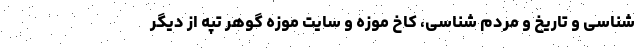
شناسی و تاریخ و مردم شناسی، کاخ موزه و سایت موزه گوهر تپه از دیگر